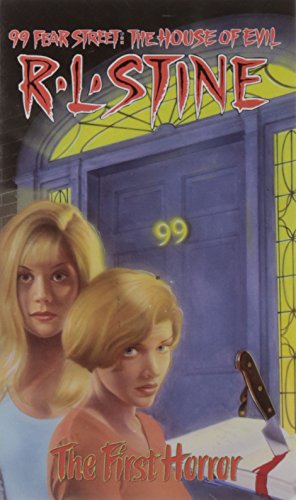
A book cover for The First Horror (99 Fear Street, No. 1); R. L. Stine; Teen & Young Adult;